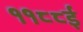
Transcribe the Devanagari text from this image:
११८८ई